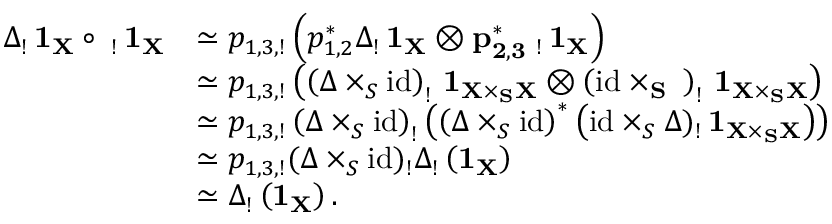
\begin{array} { r l } { \Delta _ { ! } \, \bf { 1 } _ { X } \circ \Delta _ { ! } \, \bf { 1 } _ { X } } & { \simeq p _ { 1 , 3 , ! } \left( p _ { 1 , 2 } ^ { * } \Delta _ { ! } \, \bf { 1 } _ { X } \otimes p _ { 2 , 3 } ^ { * } \Delta _ { ! } \, \bf { 1 } _ { X } \right) } \\ & { \simeq p _ { 1 , 3 , ! } \left( \left( \Delta \times _ { S } \mathrm { i d } \right) _ { ! } \, \bf { 1 } _ { X \times _ { S } X } \otimes \left( \mathrm { i d } \times _ { S } \Delta \right) _ { ! } \, \bf { 1 } _ { X \times _ { S } X } \right) } \\ & { \simeq p _ { 1 , 3 , ! } \left( \Delta \times _ { S } \mathrm { i d } \right) _ { ! } \left( \left( \Delta \times _ { S } \mathrm { i d } \right) ^ { * } \left( \mathrm { i d } \times _ { S } \Delta ) _ { ! } \, \bf { 1 } _ { X \times _ { S } X } \right) \right) } \\ & { \simeq p _ { 1 , 3 , ! } ( \Delta \times _ { S } \mathrm { i d } ) _ { ! } \Delta _ { ! } \left( \bf { 1 } _ { X } \right) } \\ & { \simeq \Delta _ { ! } \left( \bf { 1 } _ { X } \right) . } \end{array}